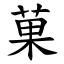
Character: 菓